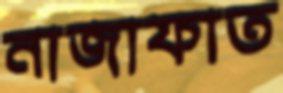
নাজাফাত